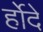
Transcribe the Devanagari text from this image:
र्होदे